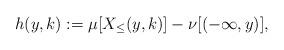
LaTeX: \begin{align*}h(y,k):=\mu[X_\le(y,k)]-\nu[(-\infty,y)], \end{align*}